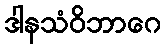
ဒါနသံဝိဘာဂေ